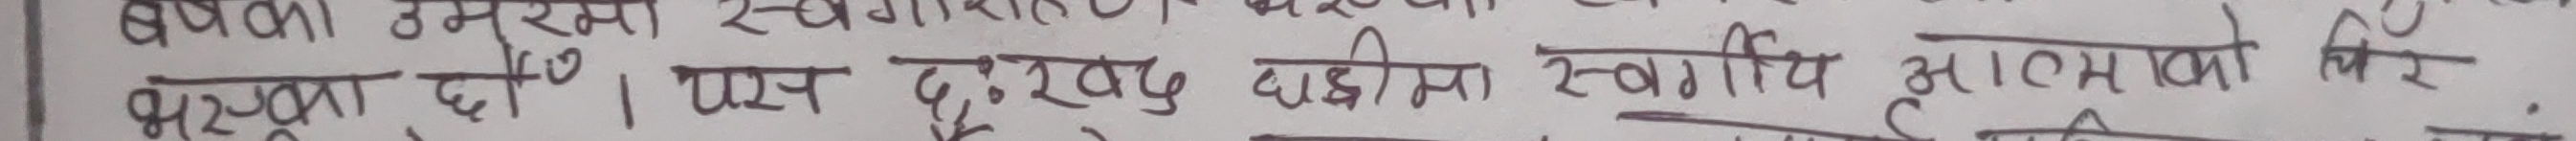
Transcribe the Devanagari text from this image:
भरपुरता छा। यस दुःखद घडीमा स्वर्गिय आत्माको चिर